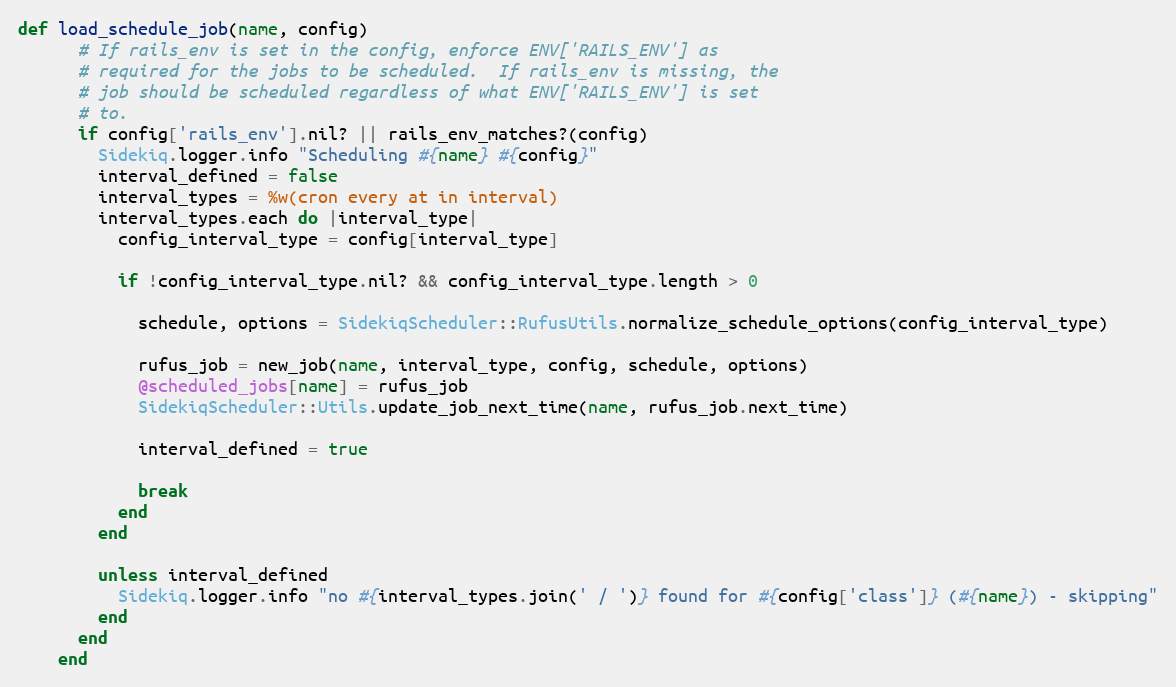
Language: Ruby
def load_schedule_job(name, config)
      # If rails_env is set in the config, enforce ENV['RAILS_ENV'] as
      # required for the jobs to be scheduled.  If rails_env is missing, the
      # job should be scheduled regardless of what ENV['RAILS_ENV'] is set
      # to.
      if config['rails_env'].nil? || rails_env_matches?(config)
        Sidekiq.logger.info "Scheduling #{name} #{config}"
        interval_defined = false
        interval_types = %w(cron every at in interval)
        interval_types.each do |interval_type|
          config_interval_type = config[interval_type]

          if !config_interval_type.nil? && config_interval_type.length > 0

            schedule, options = SidekiqScheduler::RufusUtils.normalize_schedule_options(config_interval_type)

            rufus_job = new_job(name, interval_type, config, schedule, options)
            @scheduled_jobs[name] = rufus_job
            SidekiqScheduler::Utils.update_job_next_time(name, rufus_job.next_time)

            interval_defined = true

            break
          end
        end

        unless interval_defined
          Sidekiq.logger.info "no #{interval_types.join(' / ')} found for #{config['class']} (#{name}) - skipping"
        end
      end
    end